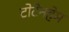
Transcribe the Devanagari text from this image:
टोटेनहेम